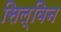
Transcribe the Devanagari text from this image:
सिल्विन